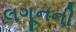
લગૂનની